system: You are a helpful assistant.
user:
Analyze the provided spectrum to determine if it is a **M-type Giant (gM)**.

A M-type Giant spectrum is defined by its **strong molecular absorption** features, particularly from **Titanium Oxide (TiO)**. You must check for one of the following mutually exclusive signatures:

- **Key Visual Indicators (Absorption-Dominated Spectrum):**

    - **(Primary):** The spectrum is dominated by strong molecular absorption from **Titanium Oxide (TiO)**. This is the **defining feature** of its M-type temperature class.
        - **(Key Bandheads):** Look for sharp, "saw-tooth" absorption valleys. The strongest are located near **~7050 Å**, **~6160 Å**, and **~5170 Å**.
        - **(Line Profile):** The "saw-tooth" morphology is critical: a **sharp, steep drop on the BLUE (short-wavelength) side** of the bandhead, followed by a gradual recovery (rising flux) towards the RED (long-wavelength) side.

    - **(Key Confirmation - Giant vs. Dwarf):** **ABSENCE** of strong **Calcium Hydride (CaH)** molecular bands. This is the primary diagnostic for *excluding* M-dwarfs.
        - **(Key Region):** The spectrum should lack the strong, broad absorption band seen in dwarfs between **~6800 Å and ~7000 Å**.

    - **(Secondary Confirmation - Giant):** A very strong and broad **Neutral Calcium (Ca I)** atomic absorption line.
        - **(Key Line):** Located at **~4226 Å**. In a giant (gM), this line is significantly deeper and broader than the same line in an M-dwarf (dM) due to low surface gravity.

    - **(Overall Spectrum):**
        - The continuum is **extremely red-sloping** (i.e., flux is very low in the blue and rises dramatically towards the red).
        - The entire spectrum appears "chopped up" by the deep TiO bands.

Think first, call **spectral_visualization_tool** if needed to examine features in detail, then provide your final answer. Your response must adhere to the following strict rules:
1.  **Overall Structure:** Your response must follow the format `<think>...</think> <tool_call>...</tool_call> (if a tool is used) <answer>...</answer>`.
2.  **Tool Usage Constraint:** You may only make **one** tool call per turn.
3.  **Final Answer Format:** In the `<answer>` tag, your conclusion must be inside a `\boxed{}` command (e.g., `\boxed{YES}` or `\boxed{NO}`), followed by your justification.

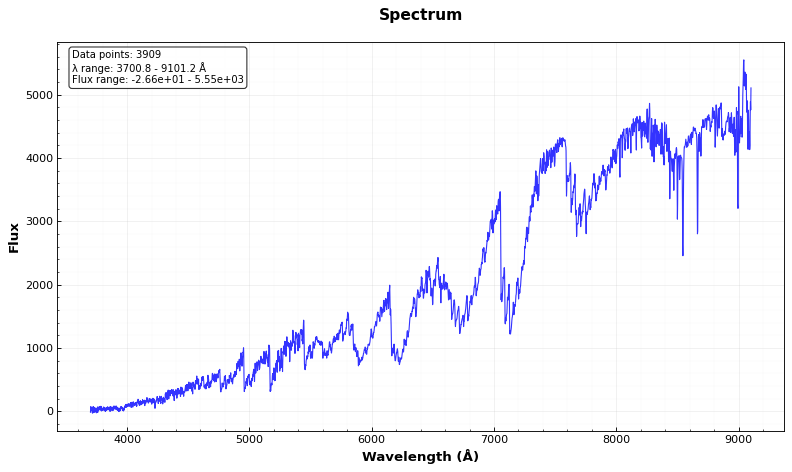
Answer: YES